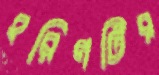
হরিণটির